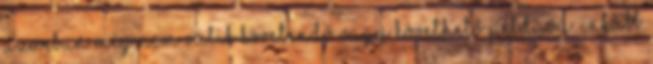
azonban még nem válik követendő vagy követhető példává. Inkább